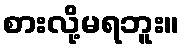
စားလို့မရဘူး။